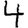
Digit: 4